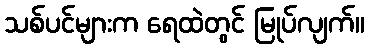
သစ်ပင်များက ရေထဲတွင် မြုပ်လျက်။